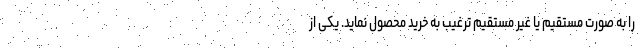
را به صورت مستقیم یا غیر مستقیم ترغیب به خرید محصول نماید. یکی از